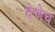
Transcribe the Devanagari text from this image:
देणेच